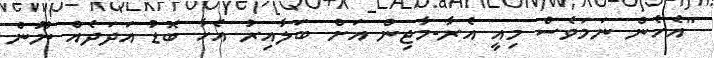
"އެހެން ނަމަވެސް މިއީ އެރާ-މާޖިން އަށް ބަލާއިރު އެހާ ބޮޑު އަދަދެއް ނޫން